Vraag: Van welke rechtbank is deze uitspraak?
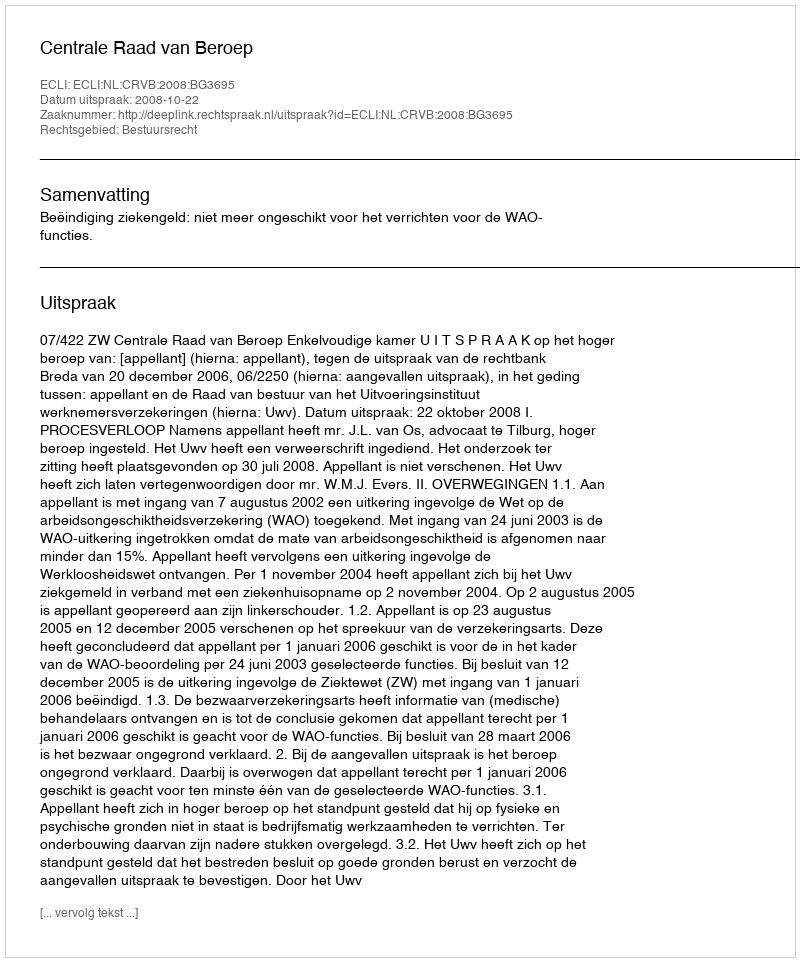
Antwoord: Centrale Raad van Beroep